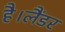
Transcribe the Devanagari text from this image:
है।लैंडर